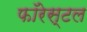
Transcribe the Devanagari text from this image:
फॉरेस्टल